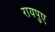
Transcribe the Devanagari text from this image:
रायपुए